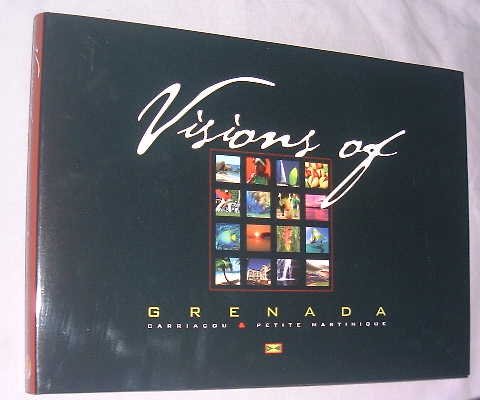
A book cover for Visions of Grenada Carriacou and Petite Martinique; Angus Thompson; Travel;